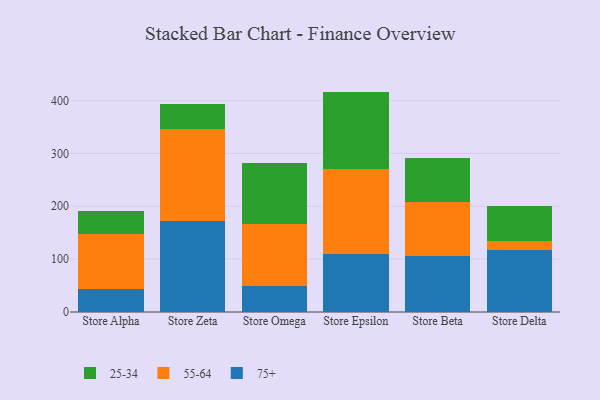
{"axis": {"x": "Store", "y": "Revenue (USD Million)"}, "legend": ["25-34", "55-64", "75+"], "data": [{"x": "Store Alpha", "y": 43.6, "type": "75+"}, {"x": "Store Alpha", "y": 104.0, "type": "55-64"}, {"x": "Store Alpha", "y": 42.8, "type": "25-34"}, {"x": "Store Zeta", "y": 172.3, "type": "75+"}, {"x": "Store Zeta", "y": 173.6, "type": "55-64"}, {"x": "Store Zeta", "y": 48.1, "type": "25-34"}, {"x": "Store Omega", "y": 48.5, "type": "75+"}, {"x": "Store Omega", "y": 117.5, "type": "55-64"}, {"x": "Store Omega", "y": 115.6, "type": "25-34"}, {"x": "Store Epsilon", "y": 109.6, "type": "75+"}, {"x": "Store Epsilon", "y": 161.2, "type": "55-64"}, {"x": "Store Epsilon", "y": 146.1, "type": "25-34"}, {"x": "Store Beta", "y": 105.8, "type": "75+"}, {"x": "Store Beta", "y": 102.4, "type": "55-64"}, {"x": "Store Beta", "y": 83.5, "type": "25-34"}, {"x": "Store Delta", "y": 117.7, "type": "75+"}, {"x": "Store Delta", "y": 16.8, "type": "55-64"}, {"x": "Store Delta", "y": 66.6, "type": "25-34"}]}